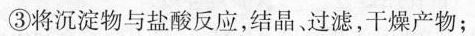
③将沉淀物与盐酸反应，结晶、过滤，干燥产物；